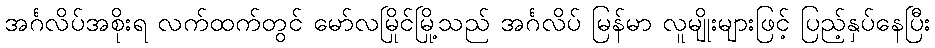
အင်္ဂလိပ်အစိုးရ လက်ထက်တွင် မော်လမြိုင်မြို့သည် အင်္ဂလိပ် မြန်မာ လူမျိုးများဖြင့် ပြည့်နှပ်နေပြီး